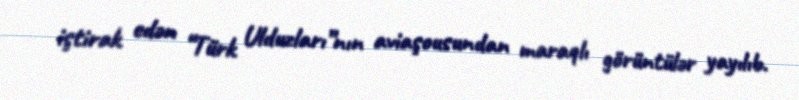
iştirak edən “Türk Ulduzları”nın aviaşousundan maraqlı görüntülər yayılıb.